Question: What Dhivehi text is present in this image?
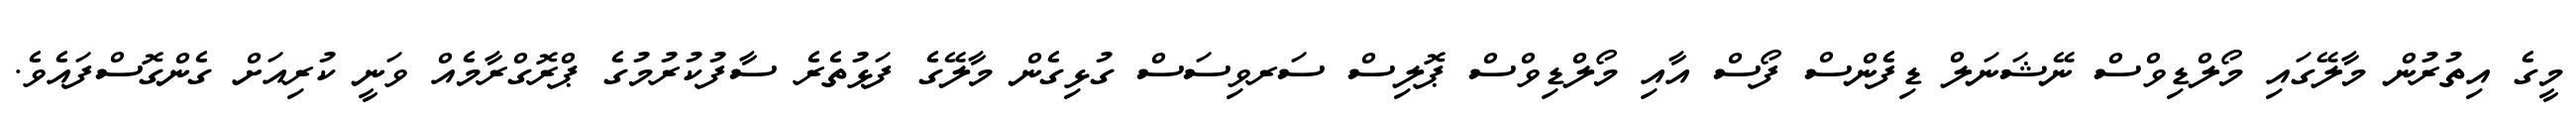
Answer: މީގެ އިތުރުން މާލޭގައި މޯލްޑިވްސް ނޭޝަނަލް ޑިފެންސް ފޯސް އާއި މޯލްޑިވްސް ޕޮލިސް ސަރވިސަސް ގުޅިގެން މާލޭގެ ފަޅުތެރެ ސާފުކުރުމުގެ ޕްރޮގްރާމެއް ވަނީ ކުރިއަށް ގެންގޮސްފައެވެ.